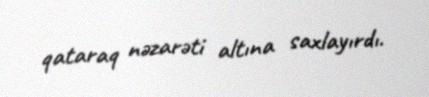
qataraq nəzarəti altına saxlayırdı.